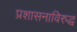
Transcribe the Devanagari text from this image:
प्रशासनाविरुद्ध